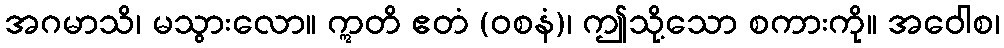
အဂမာသိ၊ မသွားလော။ ဣတိ ဧတံ (ဝစနံ)၊ ဤသို့သော စကားကို။ အဝေါစ၊